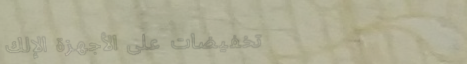
تخفيضات على الأجهزة الإلك